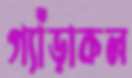
গ্যাঁড়াকল